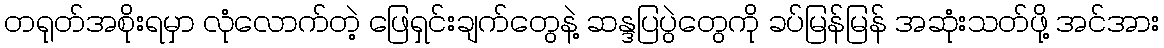
တရုတ်အစိုးရမှာ လုံလောက်တဲ့ ဖြေရှင်းချက်တွေနဲ့ ဆန္ဒပြပွဲတွေကို ခပ်မြန်မြန် အဆုံးသတ်ဖို့ အင်အား